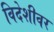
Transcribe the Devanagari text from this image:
विदेशीवर